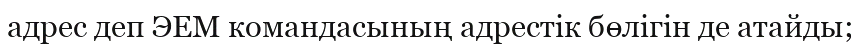
адрес деп ЭЕМ командасының адрестік бөлігін де атайды;